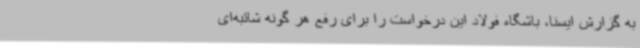
به گزارش ایسنا، باشگاه فولاد این درخواست را برای رفع هر گونه شائبه‌ای